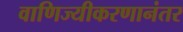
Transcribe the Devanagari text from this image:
वाणिज्यीकरणानंतर